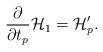
LaTeX: \begin{align*}\frac{\partial}{\partial t_p} {\cal H}_1 = {\cal H}_p'.\end{align*}